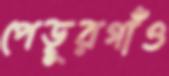
পেড়ুরগাঁও